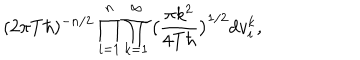
LaTeX: ( 2 \pi T \hbar ) ^ { - n / 2 } \prod _ { i = 1 } ^ { n } \prod _ { k = 1 } ^ { \infty } \big ( \frac { \pi k ^ { 2 } } { 4 T \hbar } \big ) ^ { 1 / 2 } d v _ { i } ^ { k } ,